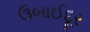
ઉબાઈદૂર